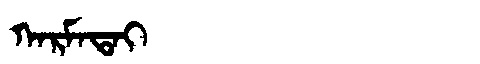
Manchu: ᡴᠠᡵᠮᠠᡨᠠᡳ
Romanization: KARMATAI